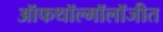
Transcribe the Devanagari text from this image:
ऑफथॉल्मॉलॉजीत